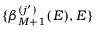
\{ \beta _ { M + 1 } ^ { ( j ^ { \prime } ) } ( E ) , E \}